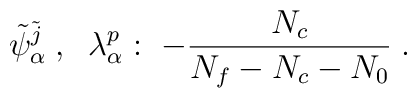
\tilde{\psi}^{\tilde{j}}_{\alpha}\;, \;\; \lambda_{\alpha}^p     : \; -\frac{N_c}{N_f - N_c - N_0}\;.